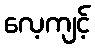
လေ့ကျင့်